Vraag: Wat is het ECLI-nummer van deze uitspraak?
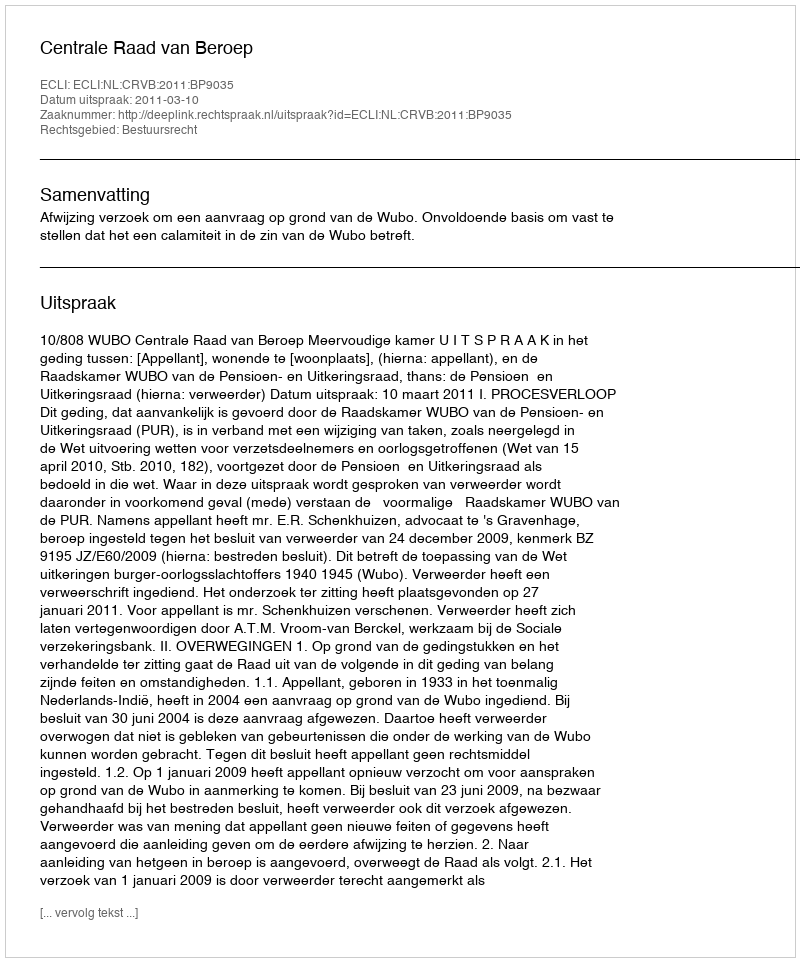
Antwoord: ECLI:NL:CRVB:2011:BP9035